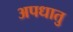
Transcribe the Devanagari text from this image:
अपधातु